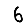
Digit: 6